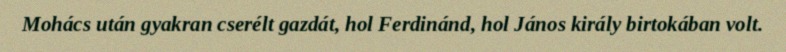
Mohács után gyakran cserélt gazdát, hol Ferdinánd, hol János király birtokában volt.